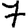
Digit: 7